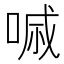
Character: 𠷼